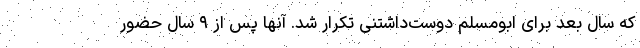
که سال بعد برای ابومسلم دوست‌داشتنی تکرار شد. آنها پس از ۹ سال حضور